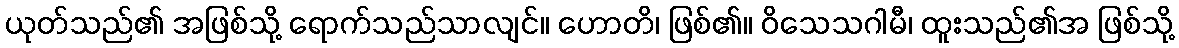
ယုတ်သည်၏ အဖြစ်သို့ ရောက်သည်သာလျင်။ ဟောတိ၊ ဖြစ်၏။ ဝိသေသဂါမီ၊ ထူးသည်၏အ ဖြစ်သို့